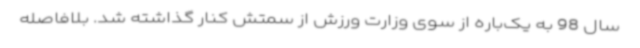
سال 98 به یک‌باره از سوی وزارت ورزش از سمتش کنار گذاشته شد. بلافاصله